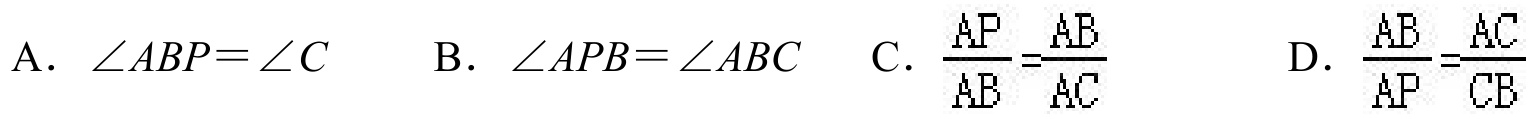
A. \(\angle ABP=\angle C\)  B. \(\angle APB=\angle ABC\)  C. \(\frac{AP}{AB}=\frac{AB}{AC}\)  D. \(\frac{AB}{AP}=\frac{AC}{CB}\)